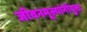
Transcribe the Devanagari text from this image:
जीवनमूल्यांनीयुक्त